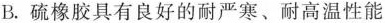
B.硫橡胶具有良好的耐严寒、耐高温性能